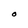
Character: O